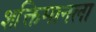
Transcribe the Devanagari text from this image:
शक्तिमानला